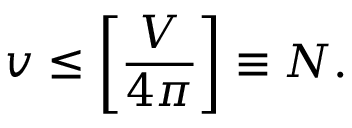
v \leq \left[ { \frac { V } { 4 \pi } } \right] \equiv N .